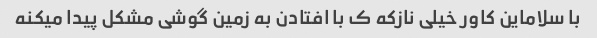
با سلاماین کاور خیلی نازکه ک با افتادن به زمین گوشی مشکل پیدا میکنه